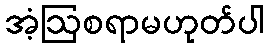
အံ့ဩစရာမဟုတ်ပါ